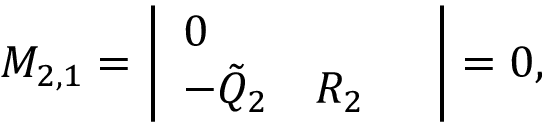
\begin{array} { r } { M _ { 2 , 1 } = \left| \begin{array} { l l l } { 0 } & { } & { } \\ { - \Tilde { Q } _ { 2 } } & { R _ { 2 } } \end{array} \right| = 0 , } \end{array}